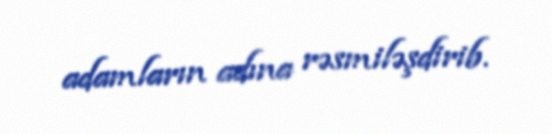
adamların adına rəsmiləşdirib.